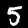
Label: 5